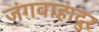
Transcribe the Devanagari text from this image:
जंगवाहादुर